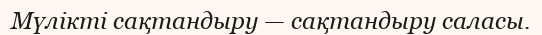
Мүлікті сақтандыру — сақтандыру саласы.